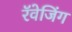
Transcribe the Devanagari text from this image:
रॅवेजिंग